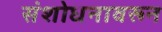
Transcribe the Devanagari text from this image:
संशोधनावरून